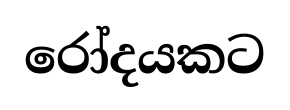
රෝදයකට